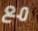
مع